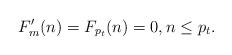
LaTeX: \begin{align*}F'_m(n) =F_{p_t}(n)=0, n \leq p_t.\end{align*}